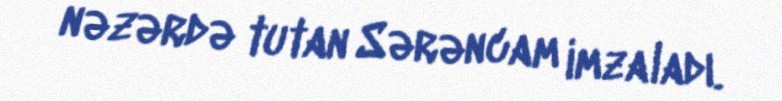
nəzərdə tutan Sərəncam imzaladı.